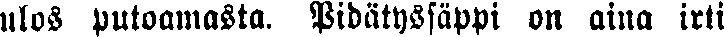
ulos putoamasta. Pidätyssäppi on aina irti